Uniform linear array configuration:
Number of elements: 16
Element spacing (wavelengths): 1
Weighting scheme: blackman
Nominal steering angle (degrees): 60
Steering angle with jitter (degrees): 59.694
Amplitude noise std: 0.05
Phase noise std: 0.05

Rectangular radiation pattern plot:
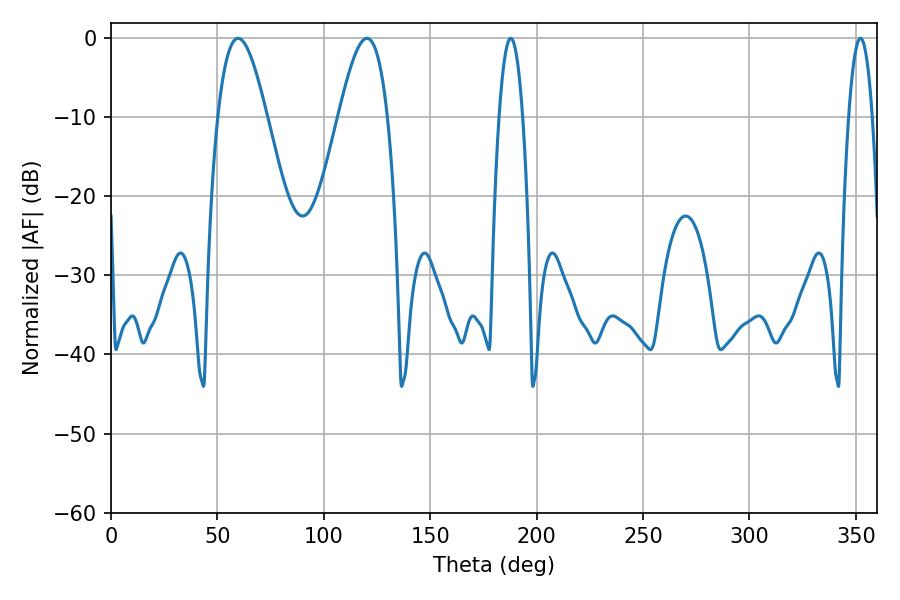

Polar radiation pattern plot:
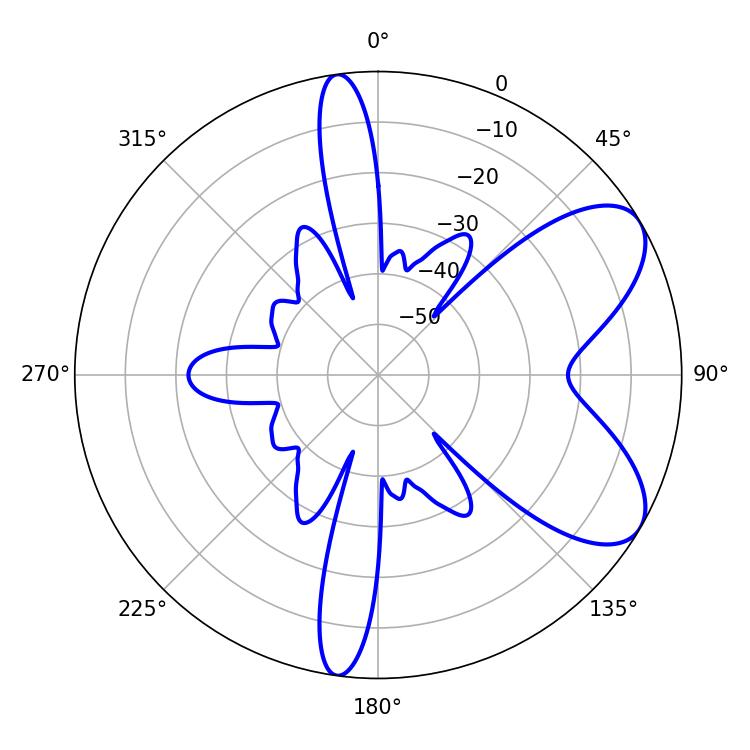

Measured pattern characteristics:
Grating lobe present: TRUE
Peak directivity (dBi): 7.189
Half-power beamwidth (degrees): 12.42
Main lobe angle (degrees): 59.76